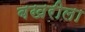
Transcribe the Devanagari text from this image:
बखरीला